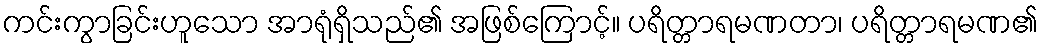
ကင်းကွာခြင်းဟူသော အာရုံရှိသည်၏ အဖြစ်ကြောင့်။ ပရိတ္တာရမဏတာ၊ ပရိတ္တာရမဏ၏